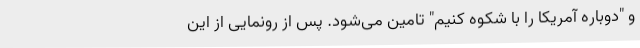
و "دوباره آمریکا را با شکوه کنیم" تامین می‌شود. پس از رونمایی از این